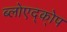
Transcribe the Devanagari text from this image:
ब्लोएद्क्ोप